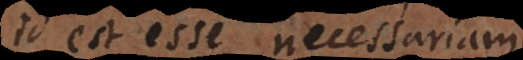
id est esse necessariam